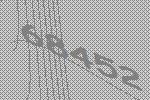
68452